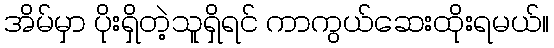
အိမ်မှာ ပိုးရှိတဲ့သူရှိရင် ကာကွယ်ဆေးထိုးရမယ်။